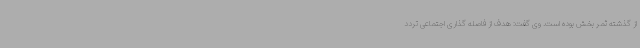
از گذشته ثمر بخش بوده است. وی گفت: هدف از فاصله گذاری اجتماعی تردد